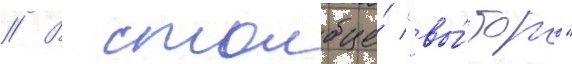
// В столбце́ "вы́боры"